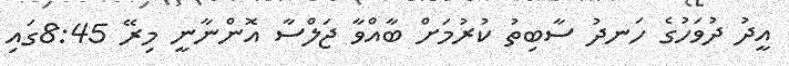
އީދު ދުވަހުގެ ހަނދު ސާބިތު ކުރުމަށް ބާއްވާ ޖަލްސާ އޮންނާނީ މިރޭ 8:45ގައި